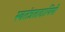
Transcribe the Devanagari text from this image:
स्वतंत्रतादायिनी